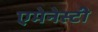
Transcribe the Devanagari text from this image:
एमेनेस्टी